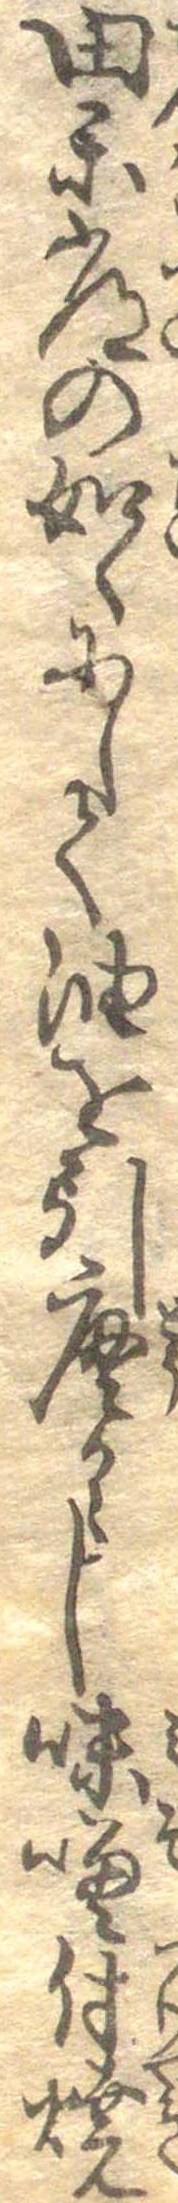
田楽常の如くにして油を引唐からし味噌付焼